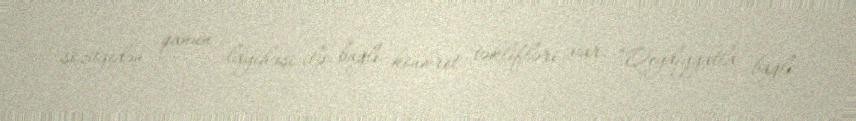
sözügedən qanun layihəsi ilə bağlı konkret təklifləri var: “Qeydiyyatla bağlı